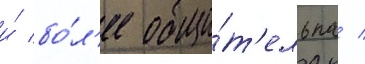
и́ бо́л'ее общи́т'ельна /